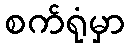
စက်ရုံမှာ